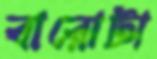
বারোটা